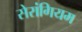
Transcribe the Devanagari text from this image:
सेरांगियम